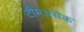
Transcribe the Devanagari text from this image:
टीमअसेक